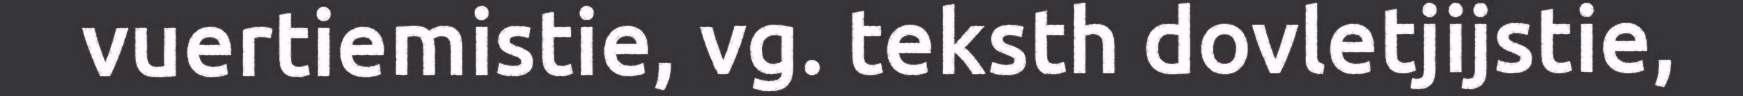
vuertiemistie, vg. teksth dovletjijstie,